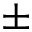
\pm